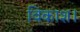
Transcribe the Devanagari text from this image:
विकाश।